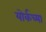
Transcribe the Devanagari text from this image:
योर्कच्या